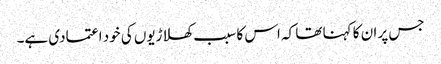
جس پر ان کا کہنا تھا کہ اس کا سبب کھلاڑیوں کی خود اعتمادی ہے۔